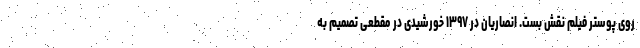
روی پوستر فیلم نقش بست. انصاریان در ۱۳۹۷ خورشیدی در مقطعی تصمیم به